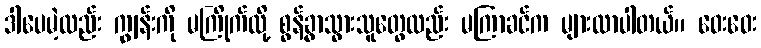
ဒါပေမဲ့လည်း ကျွန်းကို မကြိုက်လို့ စွန့်ခွာသွားသူတွေလည်း မကြာခင်က များလာပါတယ်။ ဝေးဝေး